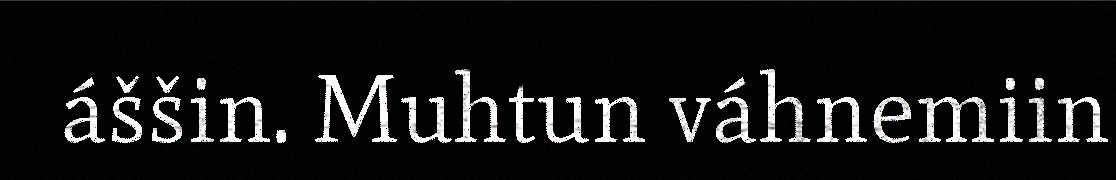
áššin. Muhtun váhnemiin